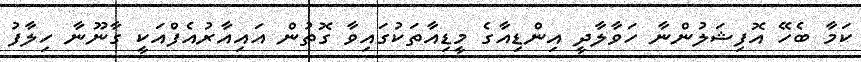
ކަމާ ބެހޭ އޮފިޝަލުންނާ ހަވާލާދީ އިންޑިއާގެ މީޑިއާތަކުގައިވާ ގޮތުން އައިއާރުއެފްއަކީ ގާނޫނާ ހިލާފު